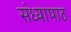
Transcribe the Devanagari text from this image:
संध्यापाठ